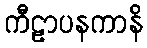
ကီဠာပနကာနိ